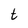
Character: t